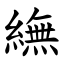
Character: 䌗